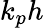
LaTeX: k_{p}h